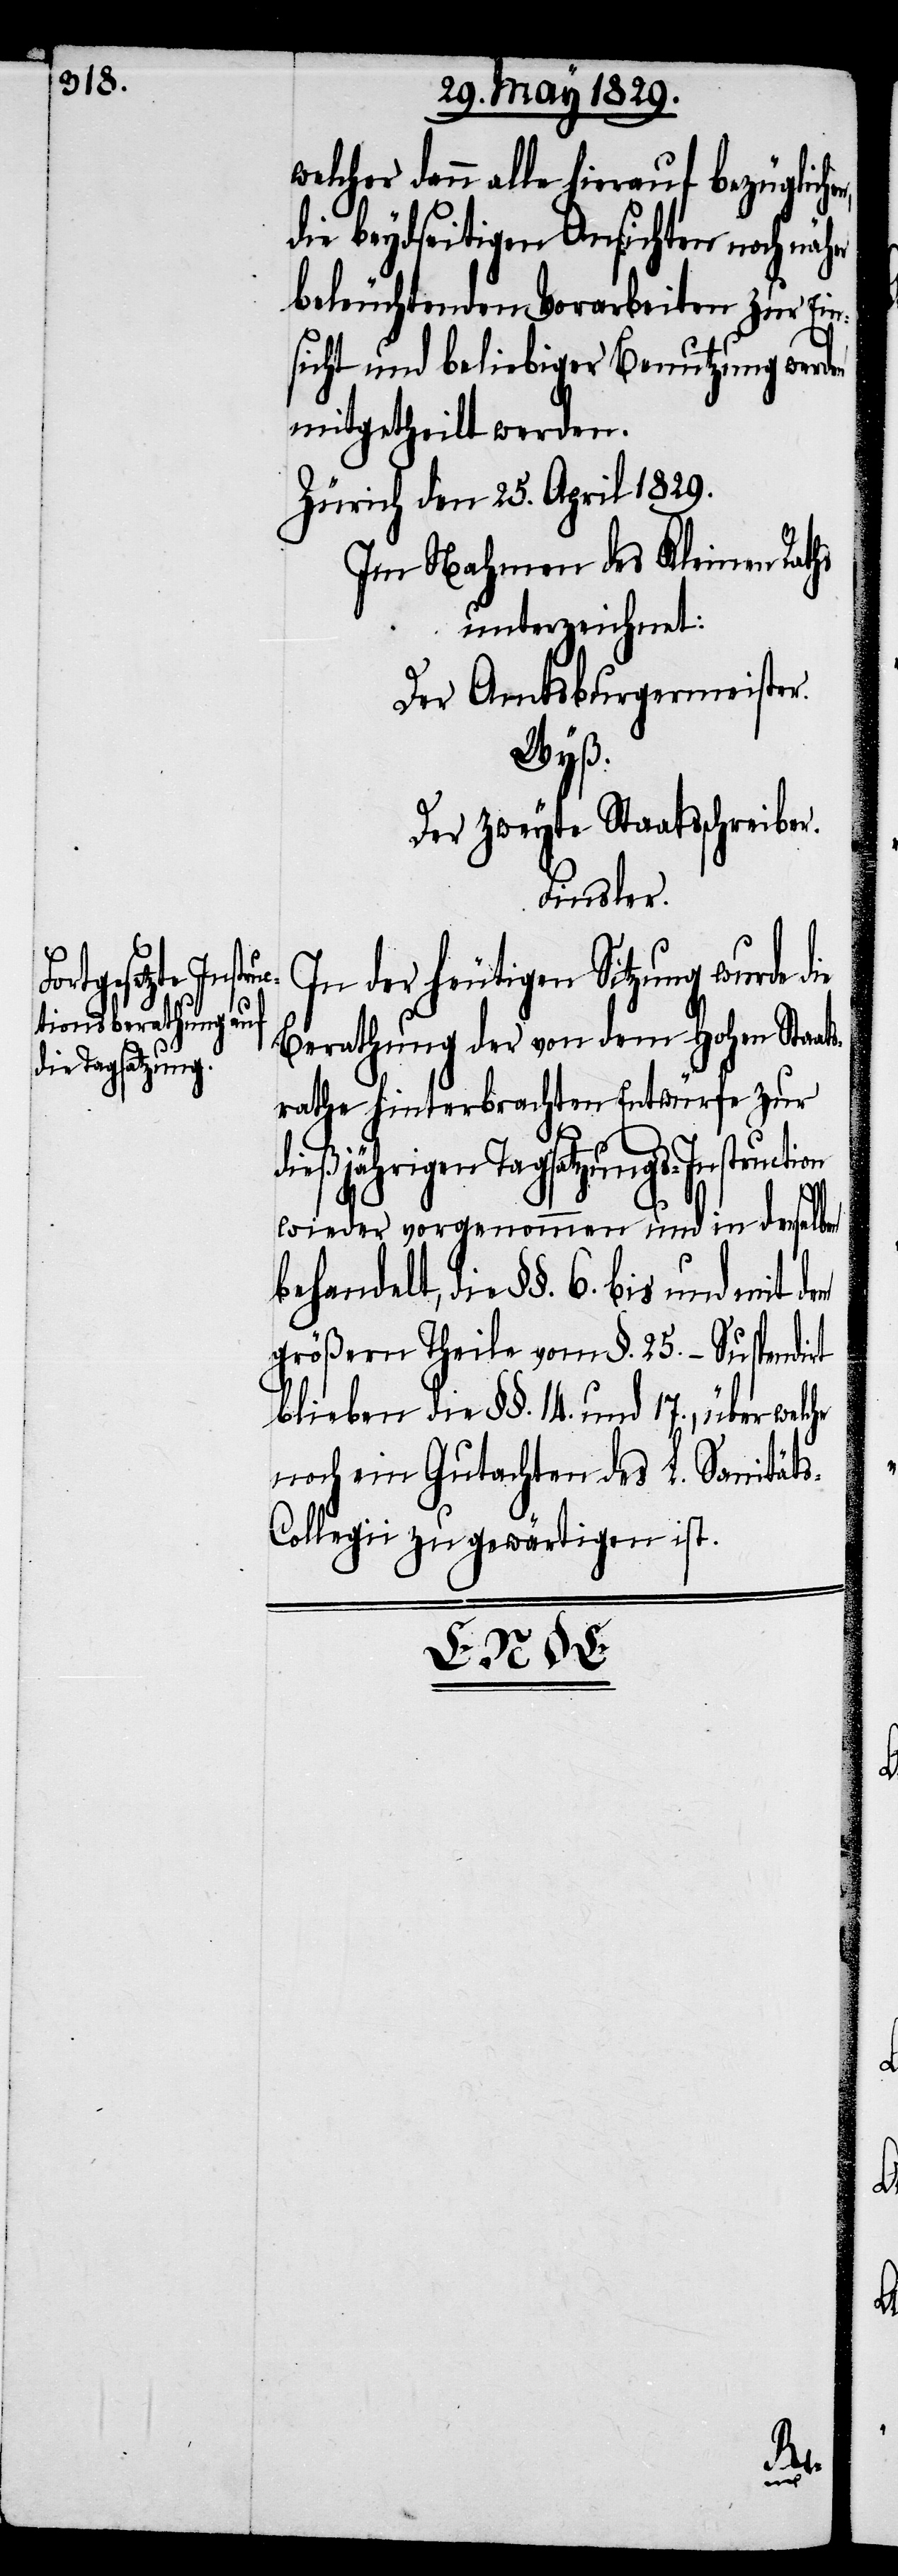
welcher dann alle hierauf bezüglich¬
die beydseitigen Ansichten nach näher
beleuchtenden Vorarbeiten zur Ein¬
sicht und beliebiger Benutzung werden
mitgetheilt werden.
Zürich den 25. April 1829.
Im Nahmen des Kleinen Raths
unterzeichnet:
Der Amtsburgermeister.
Wyß.
Der zweyte Staatschreiber.
Finsler.
In der heutigen Sitzung wurde
Berathung der von dem Hohen Staat¬
srathe hinterbrachten Entwürfe zur
ßjährigen Tagsatzungs-Instruct¬
wieder vorgenommen und in dieselbe
behandelt, die §§. 6. bis und mit
größten Theile vom §. 25.– Suspendirt
blieben die §§. 14. und 17., über welche
noch ein Gutachten des L. Sanität¬
ollegii zu gewärtigen ist.

s-C¬
ion